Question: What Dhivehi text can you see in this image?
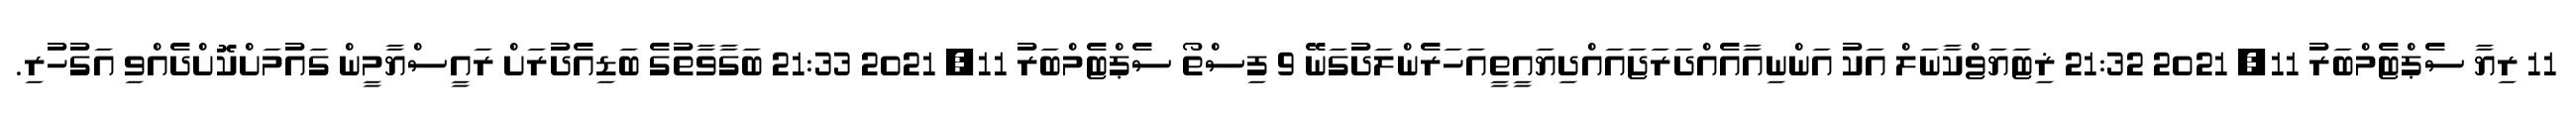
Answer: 11 ރިޔާ ސެޕްޓެމްބަރު 11, 2021 21:32 ޜިޓަޔަޱްކާނަލް އަކު އަންނިއާއެއްދަރަޖައައްދިޔައީތީއަހަރެންލަދުގަނޭ 9 ފިސްތޯ ސެޕްޓެމްބަރު 11, 2021 21:33 ބަގާވާތުގެ ބަޑިއެދުރަށް ރައީސްޔާމީން ގައުމަށްކޮށްދެއްވި އަގުހުރި.